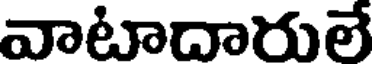
వాటాదారులే